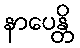
နာပေန္တိ